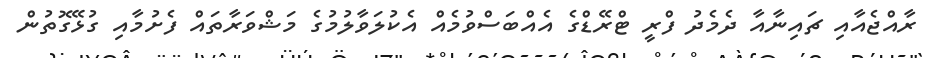
ރާއްޖެއާއި ޗައިނާއާ ދެމެދު ފްރީ ޓްރޭޑްގެ އެއްބަސްވުމެއް އެކުލަވާލުމުގެ މަޝްވަރާތައް ފެށުމާއި ގުޅޭގޮތުން